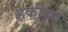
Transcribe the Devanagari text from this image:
हकीहत